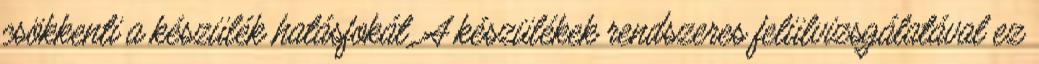
csökkenti a készülék hatásfokát. A készülékek rendszeres felülvizsgálatával ez